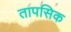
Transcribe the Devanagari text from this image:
तापसिक